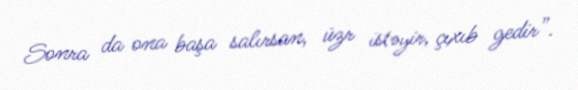
Sonra da ona başa salırsan, üzr istəyir, çıxıb gedir”.